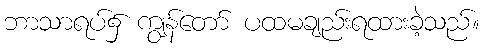
ဘာသာရပ်၌ ကျွန်တော် ပထမချည်းရထားခဲ့သည်။